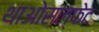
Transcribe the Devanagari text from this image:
थाओसल्फेट